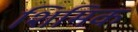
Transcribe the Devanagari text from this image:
शिमिक